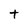
Character: t